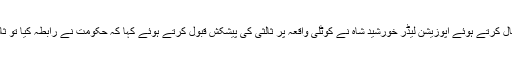
قومی اسمبلی میں اظہار خیال کرتے ہوئے اپوزیشن لیڈر خورشید شاہ نے کوٹلی واقعہ پر ثالثی کی پیشکش قبول کرتے ہوئے کہا کہ حکومت نے رابطہ کیا تو ثالثی کرانے کیلئے تیار ہوں۔